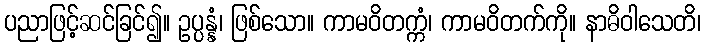
ပညာဖြင့်ဆင်ခြင်၍။ ဥပ္ပန္နံ၊ ဖြစ်သော။ ကာမဝိတက္ကံ၊ ကာမဝိတက်ကို။ နာဓိဝါသေတိ၊